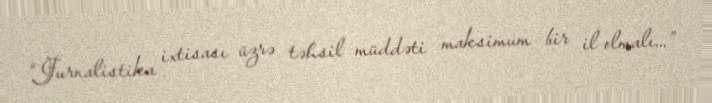
“Jurnalistika ixtisası üzrə təhsil müddəti maksimum bir il olmalı...”